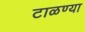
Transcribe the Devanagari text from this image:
टाळण्या